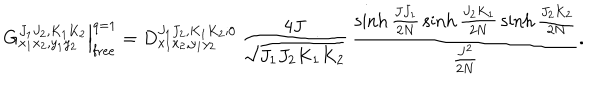
LaTeX: G _ { x _ { 1 } x _ { 2 } , y _ { 1 } y _ { 2 } } ^ { J _ { 1 } J _ { 2 } , K _ { 1 } K _ { 2 } } \Big | _ { \mathrm { f r e e } } ^ { q = 1 } = D _ { x _ { 1 } x _ { 2 } , y _ { 1 } y _ { 2 } } ^ { J _ { 1 } J _ { 2 } , K _ { 1 } K _ { 2 } ; 0 } \, \frac { 4 J } { \sqrt { J _ { 1 } J _ { 2 } K _ { 1 } K _ { 2 } } } \, \frac { \sinh \frac { J J _ { 1 } } { 2 N } \, \sinh \frac { J _ { 2 } K _ { 1 } } { 2 N } \, \sinh \frac { J _ { 2 } K _ { 2 } } { 2 N } } { \frac { J ^ { 2 } } { 2 N } } .